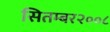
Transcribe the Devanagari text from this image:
सितम्बर२००८